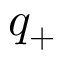
q _ { + }